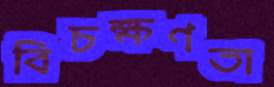
বিচক্ষণতা